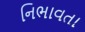
નિભાવતા